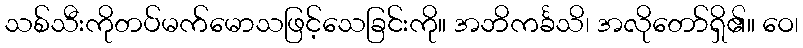
သစ်သီးကိုတပ်မက်မောသဖြင့်သေခြင်းကို။ အဘိကင်္ခသိ၊ အလိုတော်ရှိ၏။ ဝေ၊